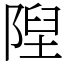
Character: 隉